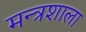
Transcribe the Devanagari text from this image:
मन्त्रशाला